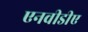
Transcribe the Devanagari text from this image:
एनवीडीए